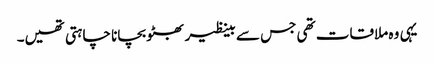
یہی وہ ملاقات تھی جس سے بینظیر بھٹو بچانا چاہتی تھیں۔